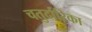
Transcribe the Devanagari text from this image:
चतुर्दारिका